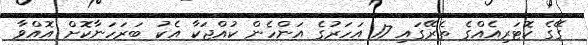
ގޭގެ ކޮޓަރިއެއްގެ ތެރޭގައި 17 އަހަރުގެ އަންހެން ކުއްޖަކާ އެކު ބަރަހަނާކޮށް އޮއްވާ